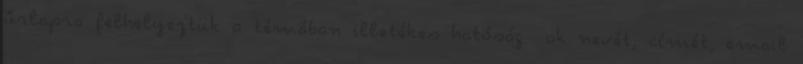
űrlapra felhelyeztük a témában illetékes hatóság ok nevét, címét, email